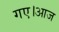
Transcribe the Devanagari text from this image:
गए।आज